Indian journal of veterinary science and animal husbandry - Volume 9,
Year: 1939
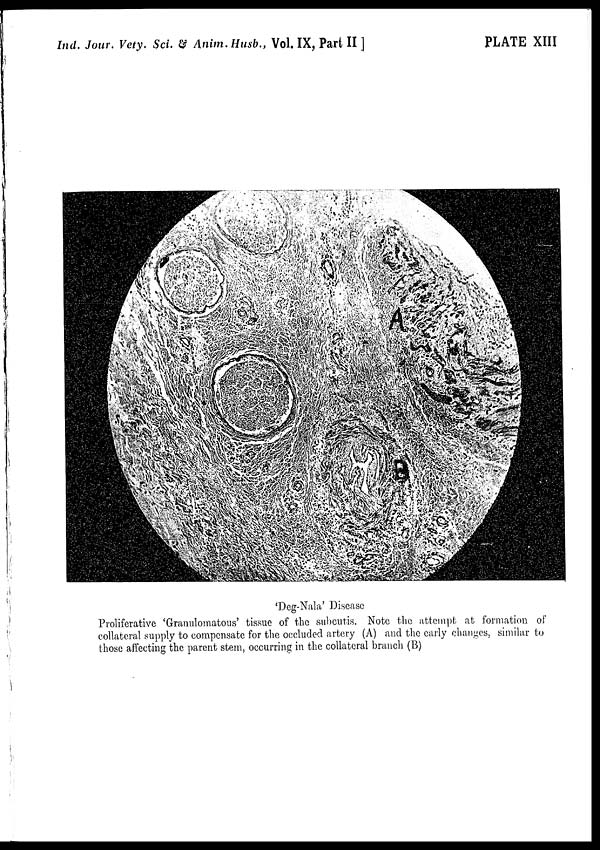
Ind. Jour. Vety. Sci. & Anim. Husb., Vol. IX, Part II ]
PLATE XIII
'Deg-Nala' Disease
Proliferative 'Granulomatous' tissue of the subcutis. Note the attempt at formation of
collateral supply to compensate for the occluded artery (A) and the early changes, similar to
those affecting the parent stem, occurring in the collateral branch (B)